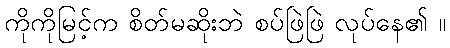
ကိုကိုမြင့်က စိတ်မဆိုးဘဲ စပ်ဖြဲဖြဲ လုပ်နေ၏ ။